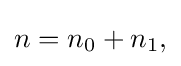
{\textstyle n=n_{0}+n_{1},}